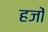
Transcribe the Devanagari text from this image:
हजों